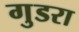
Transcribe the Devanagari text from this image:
गुडरा